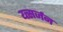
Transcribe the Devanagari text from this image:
य्त्सर्जन